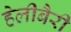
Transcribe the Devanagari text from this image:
हेलीबैरी